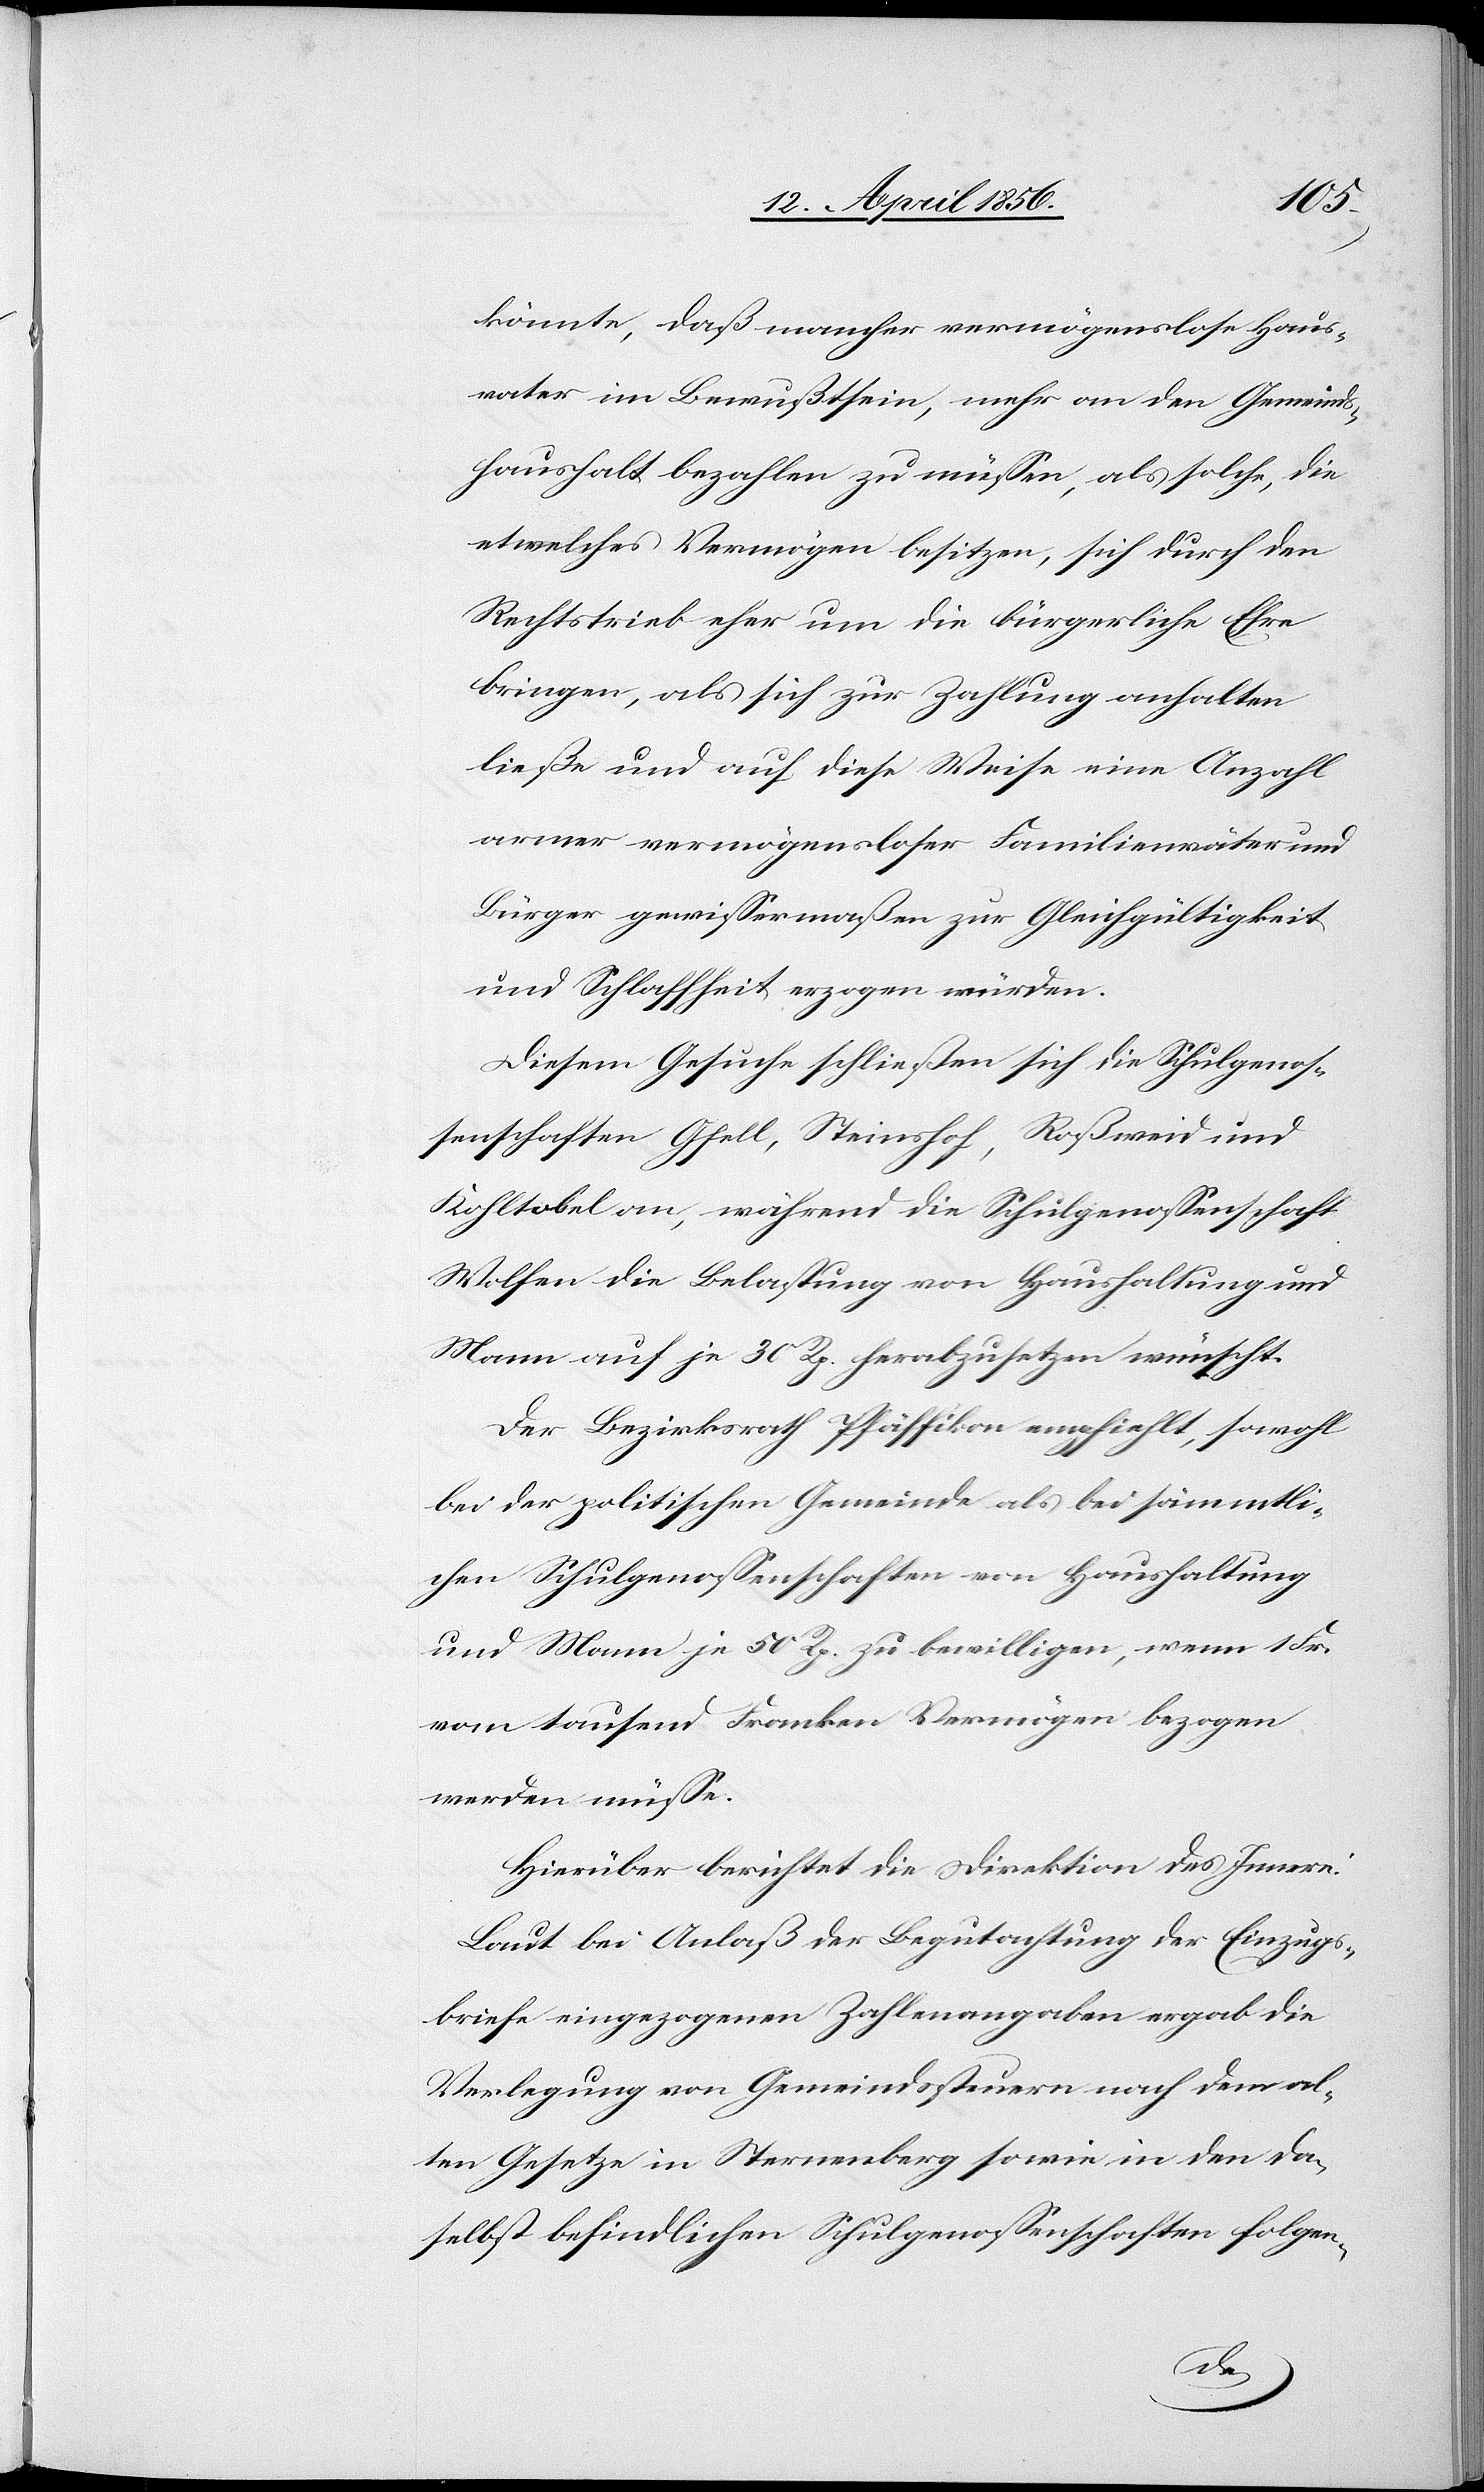
könnte, das mancher vermögenslose Haus¬
vater im Bewußtsein, mehr an den Gemeinds¬
haushalt bezahlen zu müssen, als solche, die
etwelches Vermögen besitzen, sich durch den
Rechtstrieb eher um die bürgerliche Ehre
bringen, als sich zur Zahlung anhalten
ließe und auf diese Weise eine Anzahl
armer vermögensloser Familienväter und
Bürger gewissermaßen zur Gleichgültigkeit
und Schlaffheit erzogen würden.
Diesem Gesuche schließen sich die Schulgenos¬
senschaften Gfell, Steinshof, Roßweid und
Kohltobel an, während die Schulgenossenschaft
Wolfen die Belastung von Haushaltung und
Mann auf je 30 Rp. herabzusetzen wünscht.
Der Bezirksrath Pfäffikon empfiehlt, sowohl
bei der politischen Gemeinde als bei sämmtli¬
chen Schulgenossenschaften von Haushaltung
und Mann je 50 Rp. zu bewilligen, wenn 1 Fr.
vom tausend Franken Vermögen bezogen
werden müsse.
Hierüber berichtet die Direktion des Innern:
Laut bei Anlaß der Begutachtung der Einzugs¬
briefe eingezogenen Zahlenangaben ergab die
Verlegung von Gemeindssteuern nach dem al¬
ten Gesetze in Sternenberg sowie in den da¬
selbst befindlichen Schulgenossenschaften folgen-